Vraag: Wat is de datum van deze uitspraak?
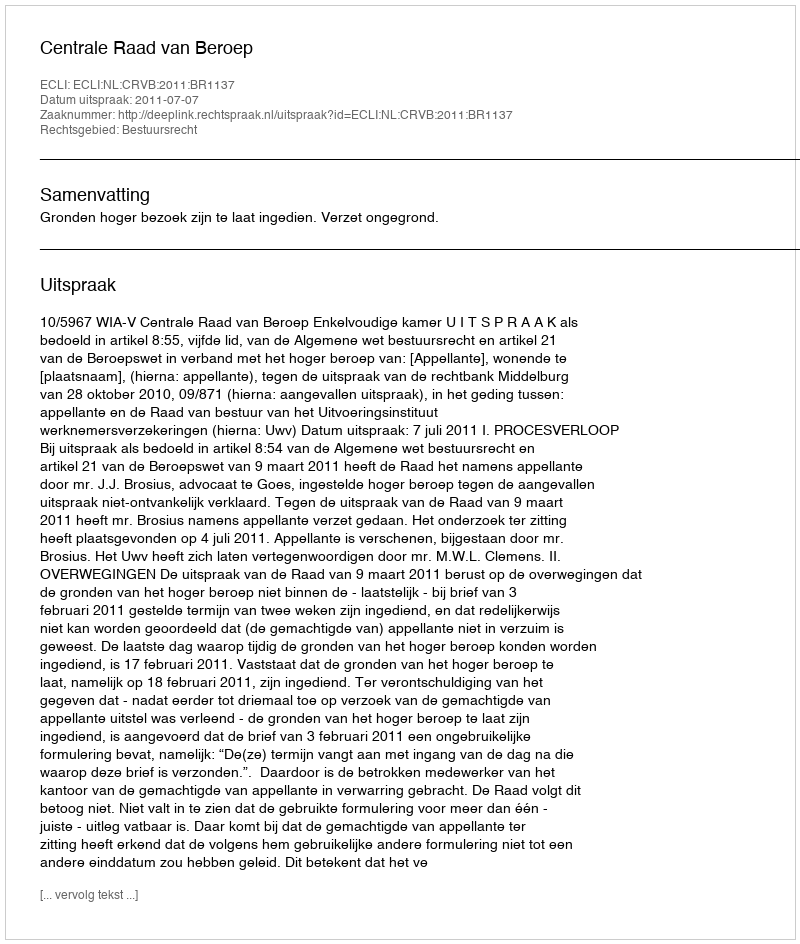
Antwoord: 2011-07-07